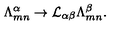
{ \Lambda } _ { m n } ^ { \alpha } \rightarrow { \cal L } _ { \alpha \beta } { \Lambda } _ { m n } ^ { \beta } .